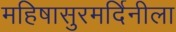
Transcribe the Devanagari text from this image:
महिषासुरमर्दिनीला